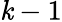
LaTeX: \mathit{k}-1